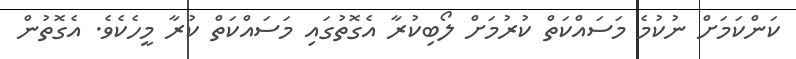
ކަންކަމަށް ނުކުމެ މަސައްކަތް ކުރުމަށް ލޯބިކުރާ އެގޮތުގައި މަސައްކަތް ކުރާ މީހެކެވެ. އެގޮތުން